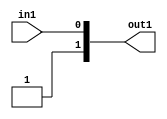
`timescale 1ps / 1ps

// Generated by Cadence Genus(TM) Synthesis Solution 19.16-s111_1
// Generated on: May 26 2023 15:18:46 CST (May 26 2023 07:18:46 UTC)

module dut_entirecomputation_4(in1, out1);
  input in1;
  output [1:0] out1;
  wire in1;
  wire [1:0] out1;
  assign out1[0] = in1;
  assign out1[1] = 1'b1;
endmodule